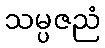
သမ္ပဇညံ